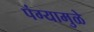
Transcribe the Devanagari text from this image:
पंग्यामुळे